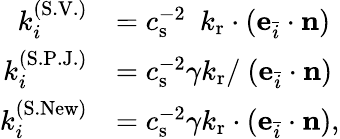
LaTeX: \begin{array}{rl}{k_{i}^{(\mathrm{S.V.})}}&{=c_{\mathrm{s}}^{-2}\ \ k_{\mathrm{r}}\cdot(\mathbf{e}_{\bar{i}}\cdot\mathbf{n})}\\ {k_{i}^{(\mathrm{S.P.J.})}}&{=c_{\mathrm{s}}^{-2}\gamma k_{\mathrm{r}}/\ (\mathbf{e}_{\bar{i}}\cdot\mathbf{n})}\\ {k_{i}^{(\mathrm{S.New})}}&{=c_{\mathrm{s}}^{-2}\gamma k_{\mathrm{r}}\cdot(\mathbf{e}_{\bar{i}}\cdot\mathbf{n}),}\end{array}